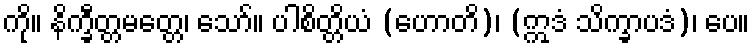
ကို။ နိက္ခီတ္တမတ္တေ၊ သော်။ ပါစိတ္တိယံ (ဟောတိ)၊ (ဣဒံ သိက္ခာပဒံ)၊ ပေ။